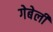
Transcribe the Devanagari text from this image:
गेबेली